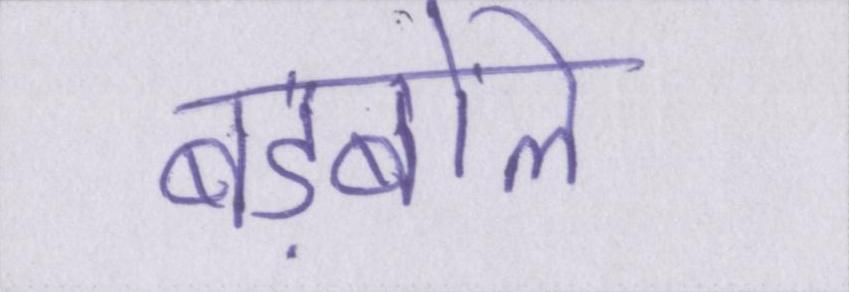
बड़बोले